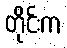
တိုင်းက